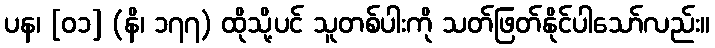
ပန၊ [၀၁] (နိ၊ ၁၇၇) ထိုသို့ပင် သူတစ်ပါးကို သတ်ဖြတ်နိုင်ပါသော်လည်း။